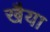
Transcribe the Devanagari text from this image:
खैया